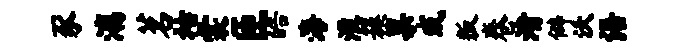
豕漓茗祜裳匝皓海淮簇果或叛卷渚僻沃语